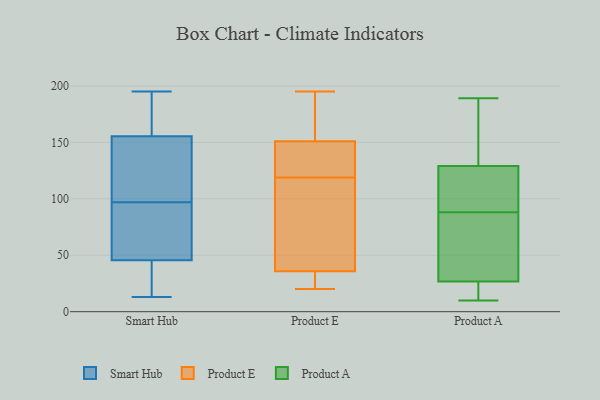
{"axis": {"x": "Gross Profit (USD K)", "y": "Value"}, "legend": ["Product A", "Product E", "Smart Hub"], "data": [{"x": "", "y": 46, "type": "Smart Hub"}, {"x": "", "y": 195, "type": "Smart Hub"}, {"x": "", "y": 91, "type": "Smart Hub"}, {"x": "", "y": 112, "type": "Smart Hub"}, {"x": "", "y": 152, "type": "Smart Hub"}, {"x": "", "y": 173, "type": "Smart Hub"}, {"x": "", "y": 13, "type": "Smart Hub"}, {"x": "", "y": 91, "type": "Smart Hub"}, {"x": "", "y": 45, "type": "Smart Hub"}, {"x": "", "y": 43, "type": "Smart Hub"}, {"x": "", "y": 159, "type": "Smart Hub"}, {"x": "", "y": 103, "type": "Smart Hub"}, {"x": "", "y": 147, "type": "Product E"}, {"x": "", "y": 35, "type": "Product E"}, {"x": "", "y": 132, "type": "Product E"}, {"x": "", "y": 90, "type": "Product E"}, {"x": "", "y": 119, "type": "Product E"}, {"x": "", "y": 31, "type": "Product E"}, {"x": "", "y": 20, "type": "Product E"}, {"x": "", "y": 36, "type": "Product E"}, {"x": "", "y": 179, "type": "Product E"}, {"x": "", "y": 55, "type": "Product E"}, {"x": "", "y": 141, "type": "Product E"}, {"x": "", "y": 195, "type": "Product E"}, {"x": "", "y": 163, "type": "Product E"}, {"x": "", "y": 15, "type": "Product A"}, {"x": "", "y": 97, "type": "Product A"}, {"x": "", "y": 97, "type": "Product A"}, {"x": "", "y": 189, "type": "Product A"}, {"x": "", "y": 76, "type": "Product A"}, {"x": "", "y": 135, "type": "Product A"}, {"x": "", "y": 139, "type": "Product A"}, {"x": "", "y": 10, "type": "Product A"}, {"x": "", "y": 29, "type": "Product A"}, {"x": "", "y": 26, "type": "Product A"}, {"x": "", "y": 59, "type": "Product A"}, {"x": "", "y": 88, "type": "Product A"}, {"x": "", "y": 127, "type": "Product A"}, {"x": "", "y": 189, "type": "Product A"}, {"x": "", "y": 27, "type": "Product A"}, {"x": "", "y": 13, "type": "Product A"}, {"x": "", "y": 120, "type": "Product A"}]}